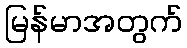
မြန်မာအတွက်